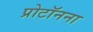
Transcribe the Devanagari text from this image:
प्रोटॉनना